Vaccination in the Punjab 1883-1896 - 1883-1896
Year: 1883
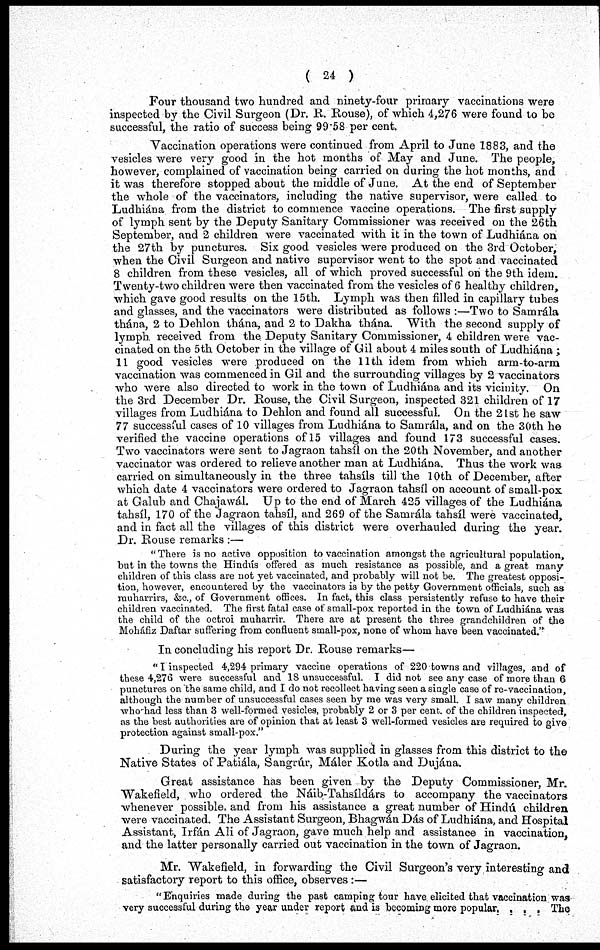
( 24 )
Four thousand two hundred and ninety-four primary vaccinations were
inspected by the Civil Surgeon (Dr. R. Rouse), of which 4,276 were found to be
successful, the ratio of success being 99.58 per cent.
Vaccination operations were continued from April to June 1883, and the
vesicles were very good in the hot months of May and June. The people,
however, complained of vaccination being carried on during the hot months, and
it was therefore stopped about the middle of June. At the end of September
the whole of the vaccinators, including the native supervisor, were called to
Ludhiána from the district to commence vaccine operations. The first supply
of lymph sent by the Deputy Sanitary Commissioner was received on the 26th
September, and 2 children were vaccinated with it in the town of Ludhiána on
the 27th by punctures. Six good vesicles were produced on the 3rd October,
when the Civil Surgeon and native supervisor went to the spot and vaccinated
8 children from these vesicles, all of which proved successful on the 9th idem.
Twenty-two children were then vaccinated from the vesicles of 6 healthy children,
which gave good results on the 15th. Lymph was then filled in capillary tubes
and glasses, and the vaccinators were distributed as follows :—Two to Samrála
thána, 2 to Dehlon thána, and 2 to Dakha thána. With the second supply of
lymph received from the Deputy Sanitary Commissioner, 4 children were vac-
cinated on the 5th October in the village of Gil about 4 miles south of Ludhiána ;
11 good vesicles were produced on the 11th idem from which arm-to-arm
vaccination was commenced in Gil and the surrounding villages by 2 vaccinators
who were also directed to work in the town of Ludhiána and its vicinity. On
the 3rd December Dr. Rouse, the Civil Surgeon, inspected 321 children of 17
villages from Ludhiána to Dehlon and found all successful. On the 21st he saw
77 successful cases of 10 villages from Ludhiána to Samrála, and on the 30th he
verified the vaccine operations of 15 villages and found 173 successful cases.
Two vaccinators were sent to Jagraon tahsíl on the 20th November, and another
vaccinator was ordered to relieve another man at Ludhiána. Thus the work was
carried on simultaneously in the three tahsíls till the 10th of December, after
which date 4 vaccinators were ordered to Jagraon tahsíl on account of small-pox
at Galub and Chajawál. Up to the end of March 425 villages of the Ludhiána
tahsíl, 170 of the Jagraon tahsíl, and 269 of the Samrála tahsíl were vaccinated,
and in fact all the villages of this district were overhauled during the year.
Dr. Rouse remarks :—
" There is no active opposition to vaccination amongst the agricultural population,
but in the towns the Hindús offered as much resistance as possible, and a great many
children of this class are not yet vaccinated, and probably will not be. The greatest opposi-
tion, however, encountered by the vaccinators is by the petty Government officials, such as
muharrirs, &c., of Government offices. In fact, this class persistently refuse to have their
children vaccinated. The first fatal case of small-pox reported in the town of Ludhiána was
the child of the octroi muharrir. There are at present the three grandchildren of the
Moháfiz Daftar suffering from confluent small-pox, none of whom have been vaccinated."
In concluding his report Dr. Rouse remarks—
" I inspected 4,294 primary vaccine operations of 220 towns and villages, and of
these 4,276 were successful and 18 unsuccessful. I did not see any case of more than 6
punctures on the same child, and I do not recollect having seen a single case of re-vaccination,
although the number of unsuccessful cases seen by me was very small. I saw many children
who had less than 3 well-formed vesicles, probably 2 or 3 per cent. of the children inspected,
as the best authorities are of opinion that at least 3 well-formed vesicles are required to give
protection against small-pox."
During the year lymph was supplied in glasses from this district to the
Native States of Patiála, Sangrúr, Máler Kotla and Dujána.
Great assistance has been given by the Deputy Commissioner, Mr.
Wakefield, who ordered the Náib-Tahsildárs to accompany the vaccinators
whenever possible and from his assistance a great number of Hindú children
were vaccinated. The Assistant Surgeon, Bhagwán Dás of Ludhiána, and Hospital
Assistant, Irfán Ali of Jagraon, gave much help and assistance in vaccination,
and the latter personally carried out vaccination in the town of Jagraon.
Mr. Wakefield, in forwarding the Civil Surgeon's very interesting and
satisfactory report to this office, observes :—
" Enquiries made during the past camping tour have elicited that vaccination was
very successful during the year under report and is becoming more popular. . . . The